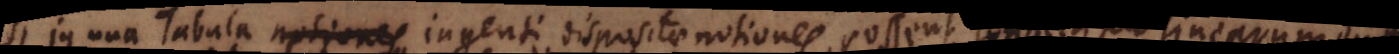
in una Tabula notiones ingenti dispositae notiones, possent connecti per lin